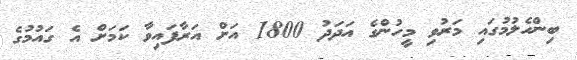
ބިންހެލުމުގައި މަރުވި މީހުންގެ އަދަދު 1800 އަށް އަރާފައިވާ ކަމަށް އެ ގައުމުގެ